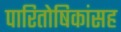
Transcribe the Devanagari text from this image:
पारितोषिकांसह